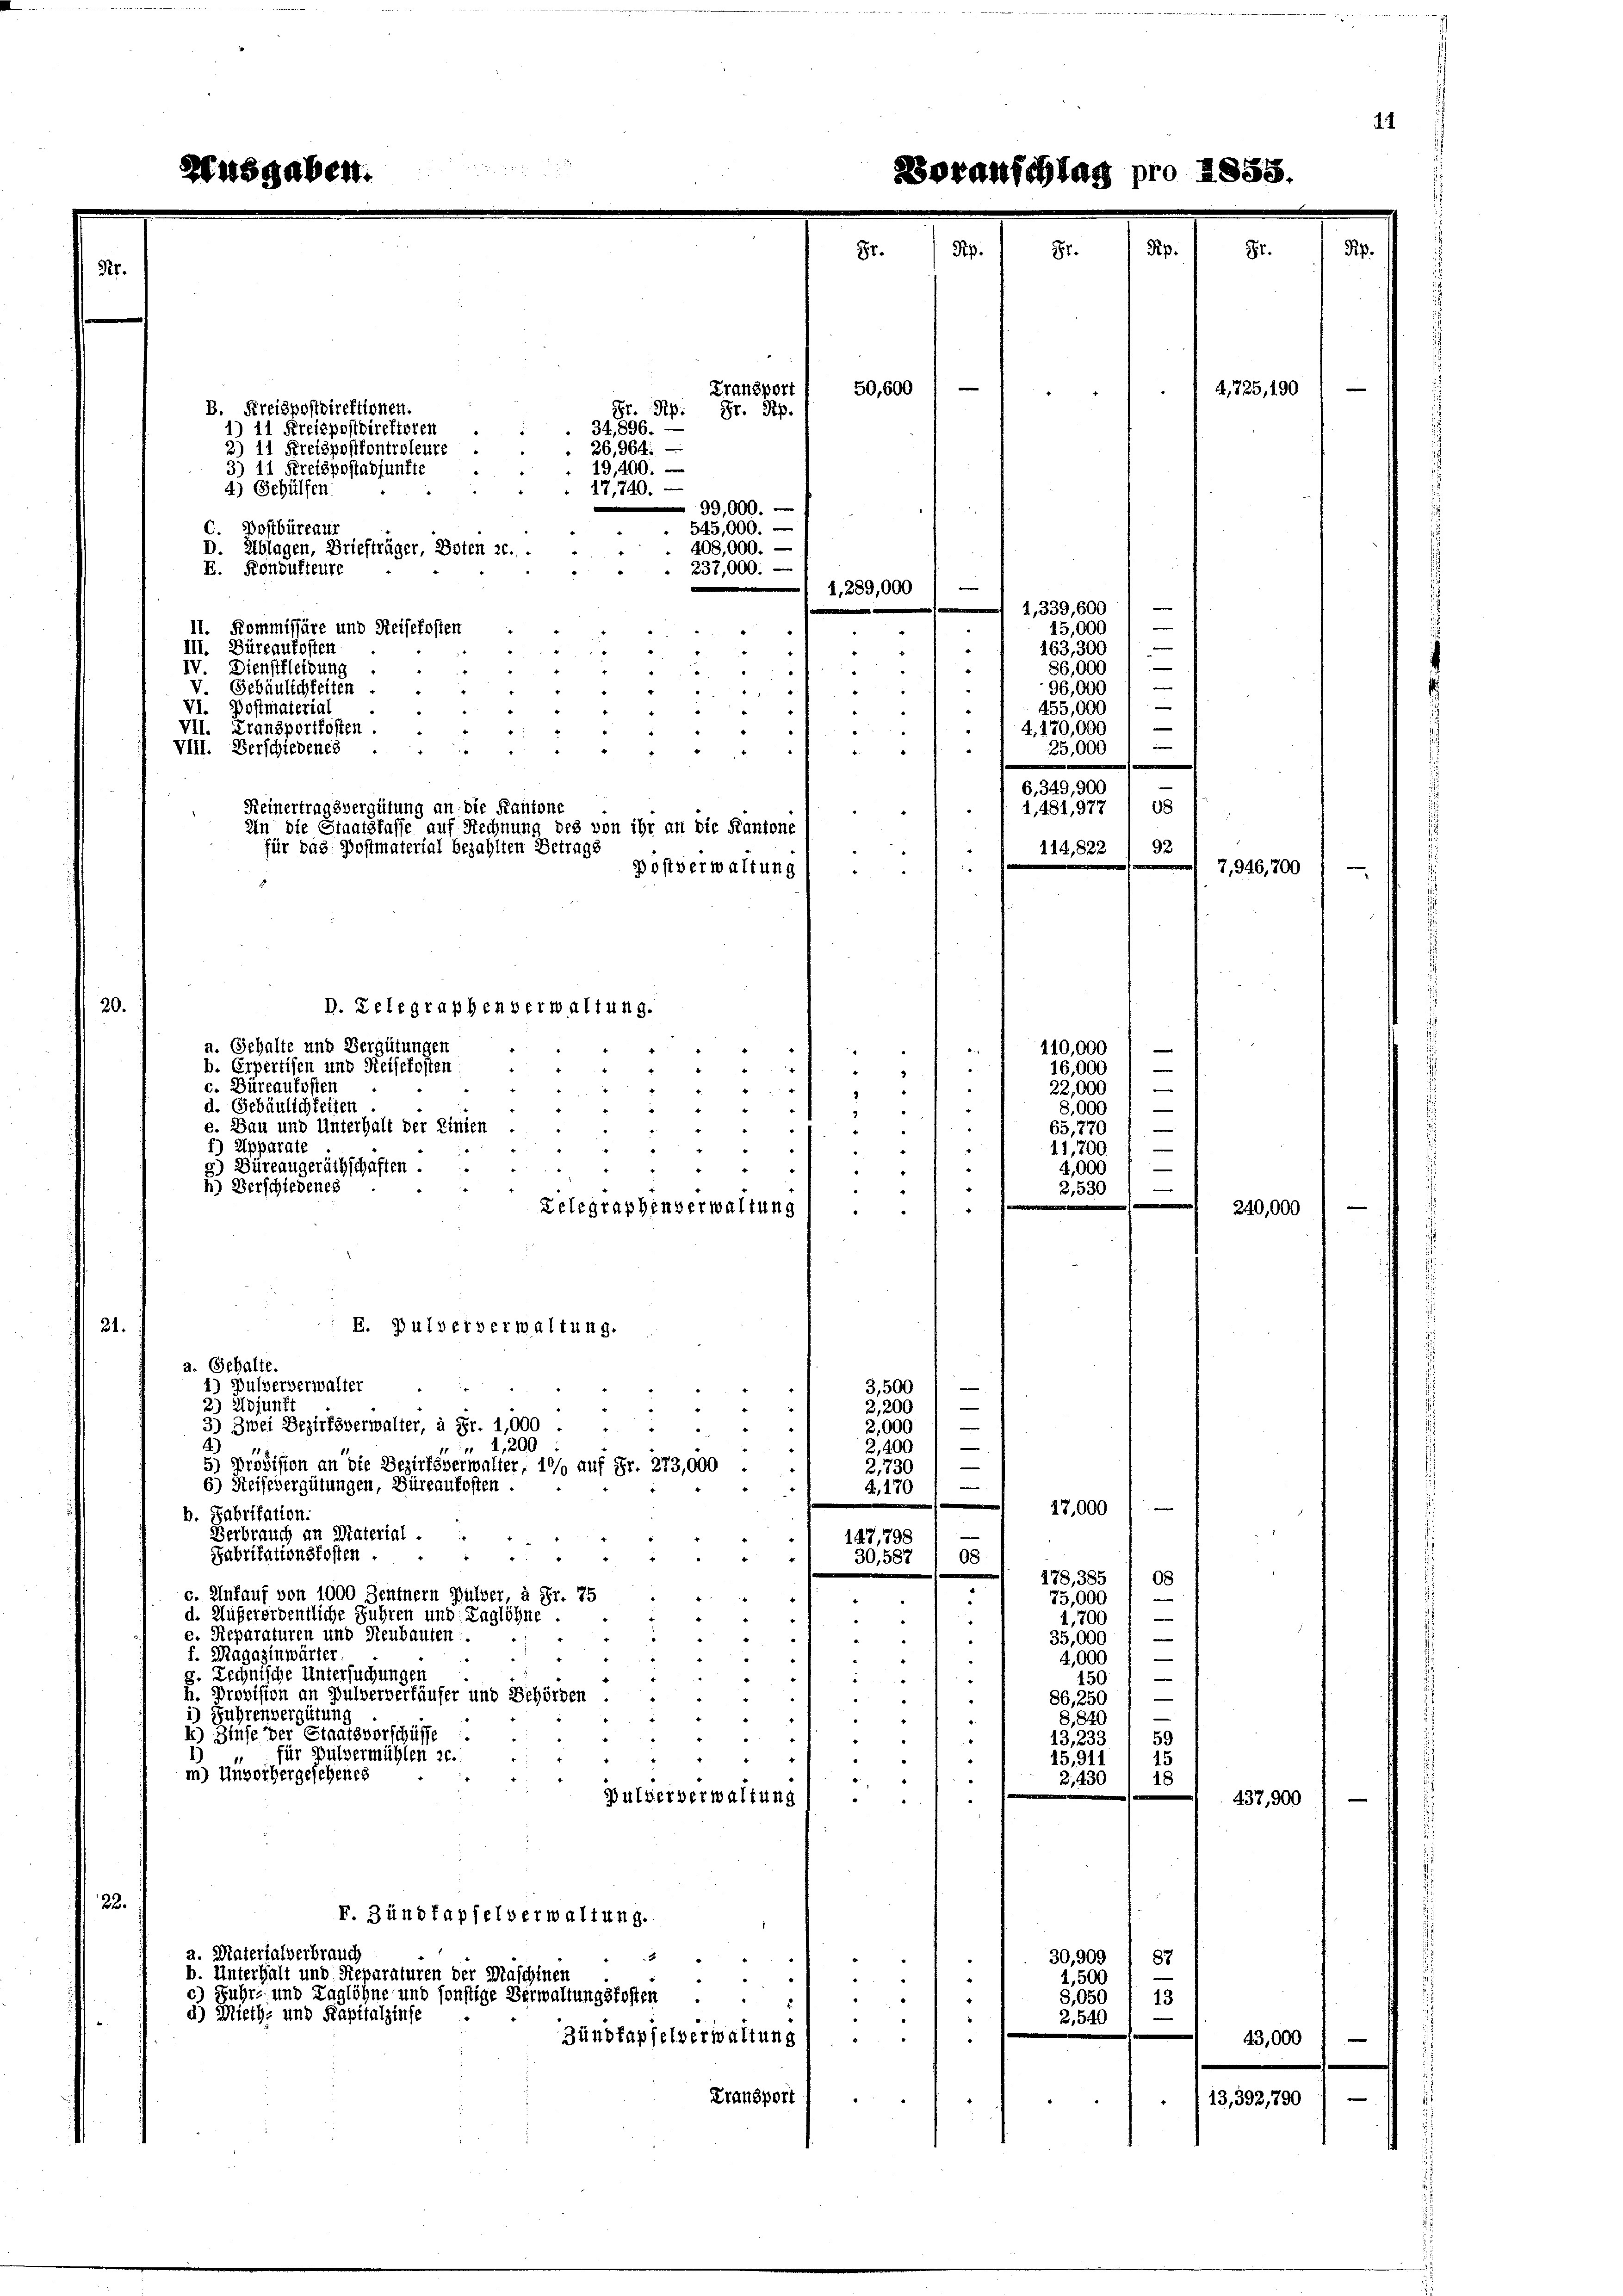
114,822 / 92
.
20
D. Telegraphenverwaltung.
a. Gehalte und Vergütungen
b. Erpertisen und Reisekosten
" " " " 4
c. Büreaufosten
d

“
d. Gebäulichkeiten
2
e. Bau und Unterhalt der Linien

1) Apparate
“
3
g) Büreaugeräthschaften.
44 "
h) Verschiedenes
2,530
Relegraphenverwaltung
“
2
E. Pulververwaltung.
21.
a. Gehalte.
3,500 / —
1) Pulververwalter
i
2) Adjunff
e
24
2,200
3) Zwei Bezirksverwalter, à Fr. 1,000 .
2,000

" 1,200
2,400
2,730
5) Präzision an die Bezirksverwalter, 10% auf Fr. 273,000 .
6) Seifevergütungen, Büreaufosten
,170
.
.
17,000
b. Fabritation.
e
Berbrauch an Material.
147,798
Fabritationskosten.
/ 30,587 / 08
08
178, 385
c. Einfauf von 1000 Zentnern Pulver, à Fr. 75
75,000

.
d. Außerordentliche Fuhren und Taglöhne.
"
d
4,700
.
e. Reparaturen und Neubauten.
e
35,000
u
4
 5
24
f. Magazinwärter
5
4,000
8. Rechnische Untersuchungen
“
150
h. Provision an Pulververhäufer und Behörden . .
86, 250
“
*) Führenvergütung
“
8,840
k) Zinse der Staatsverschüsse
59
13,233
für Pulvermühlen 26.
45,911
15
m) Unvorhergesehenes
2,430
18
Pulververwaltung
B
22.
F. Zündfapfelverwaltung.
a. Materialverbrauch
2
8
30,909 / 87
b. Unterhalt und Reparaturen der Maschinen
d
1,500
c) Fuhr- und Taglöhne und sonstige Verwaltungsfosten ..
8,050
13
a) Mieth- und Kapitalzinse
2,540
Zündfapfelverwaltung
Transport
13,

sgaben.

50,600
B. Kreispostdirektionen.
Gr. Rp. Gr. Rp.
34,896. —
) 11 Kreispostdirektoren
26,964.
2) 11 Kreispostkontroleure
19,400.
3) 11 Kreispostadjunfte
17,740.
4) Gehülfen.
99,000.
C. Postbüreaur
545,000. —
408,000.
D. Ablagen, Briefträger, Boten 20. .
237,000.
E. Rondukteure
e
1,289,000
, 339,600
15,000
11. Kommissäre und Reisekosten
4
“
163,300
III. Büreaukosten
“
86,000
IV Dienstkleidung
2
“
“
96,000
V Gebäulichkeiten
.

" "
VI. Postmaterial
455,000
" " 1
¬
VII. Transportkosten.
:
4. 170,000
VIII. Verschiedenes
25,000
  "           "
1
6,349, 900
Keinertragsvergütung an die Kantone
4, 481,977 / 08

In die Staatsfasse auf Rechnung des von ihr an die Kantone
für das Postmaterial bezahlten Betrags
Postverwaltung

Transport

oranschlag pro 1858

110,000
—
16,000
22,000
8.000
65,770
11,700.
4,000

4,725, 190

7,946,200

0,000

437,900